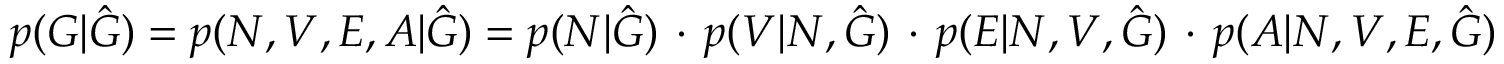
p ( G | \hat { G } ) = p ( N , V , E , A | \hat { G } ) = p ( N | \hat { G } ) \, \cdot \, p ( V | N , \hat { G } ) \, \cdot \, p ( E | N , V , \hat { G } ) \, \cdot \, p ( A | N , V , E , \hat { G } )